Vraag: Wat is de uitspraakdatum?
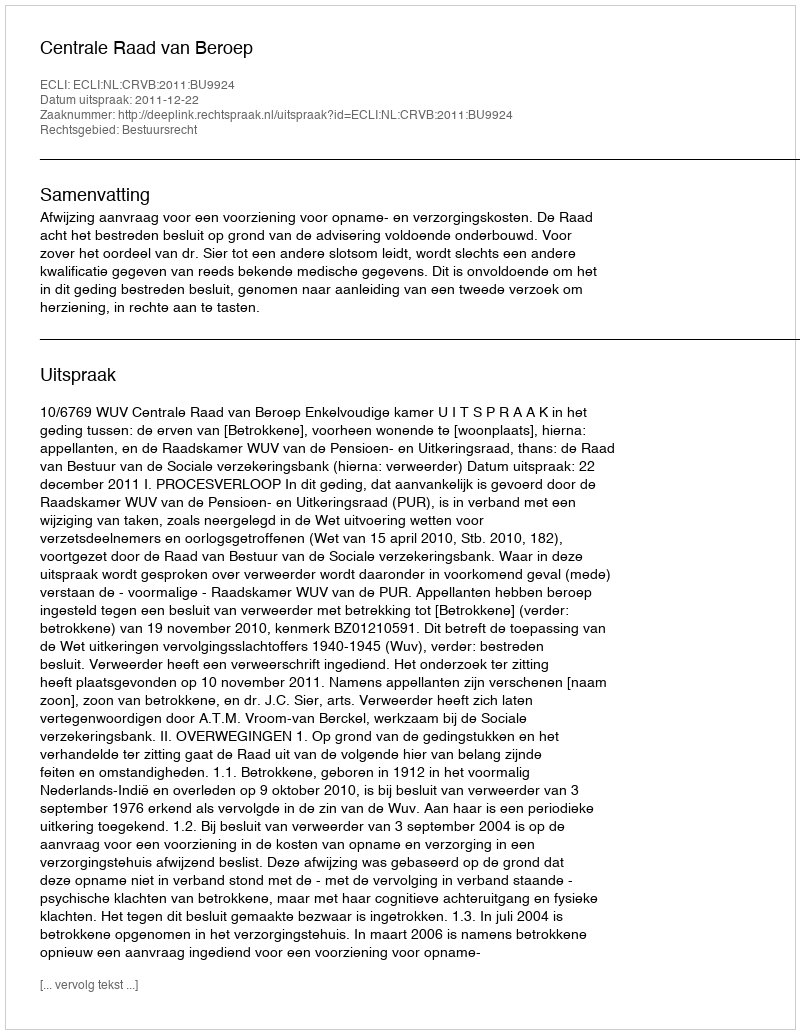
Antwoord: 2011-12-22